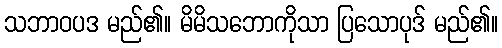
သဘာဝပဒ မည်၏။ မိမိသဘောကိုသာ ပြသောပုဒ် မည်၏။